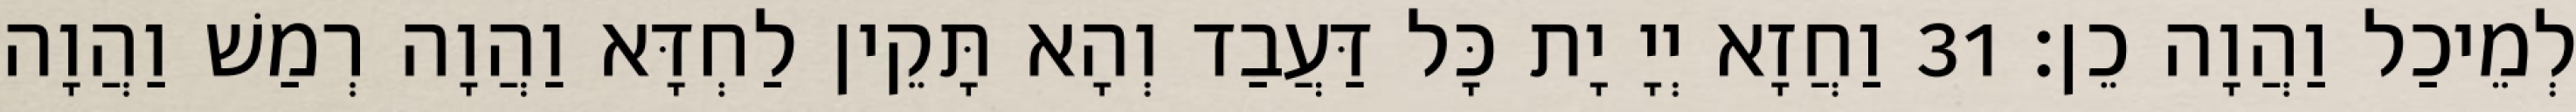
לְמֵיכַל וַהֲוָה כֵן׃ 31 וַחֲזָא יְיָ יָת כָּל דַּעֲבַד וְהָא תָּקֵין לַחְדָּא וַהֲוָה רְמַשׁ וַהֲוָה